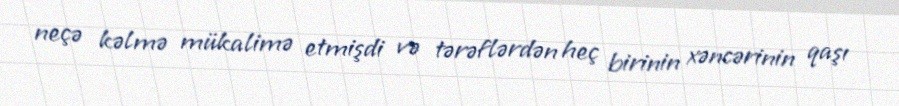
neçə kəlmə mükalimə etmişdi və tərəflərdən heç birinin xəncərinin qaşı